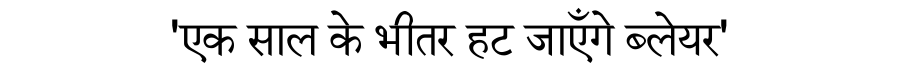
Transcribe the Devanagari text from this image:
'एक साल के भीतर हट जाएँगे ब्लेयर'